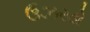
ઉઝરડો